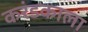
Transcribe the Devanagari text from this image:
करंडकाला